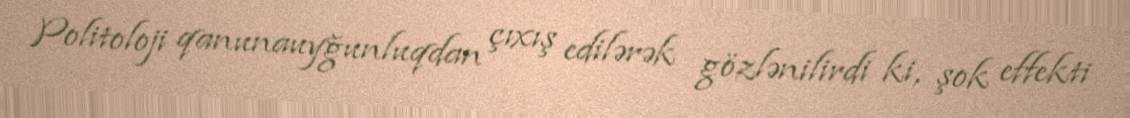
Politoloji qanunauyğunluqdan çıxış edilərək gözlənilirdi ki, şok effekti